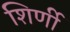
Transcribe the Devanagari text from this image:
शिर्णी